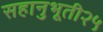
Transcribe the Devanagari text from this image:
सहानुभूती२५